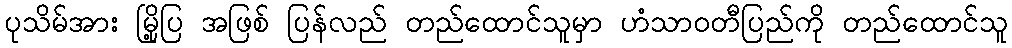
ပုသိမ်အား မြို့ပြ အဖြစ် ပြန်လည် တည်ထောင်သူမှာ ဟံသာဝတီပြည်ကို တည်ထောင်သူ